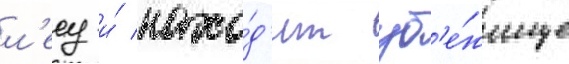
л'есу и́ нахо́д'ит уб'е́жище